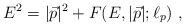
\begin{align*}E^2 = |{\vec p}|^2 + F(E, |{\vec p}|; \ell_p)~,\end{align*}